Vabadussoja_Ajaloo_Komitee, lk 42
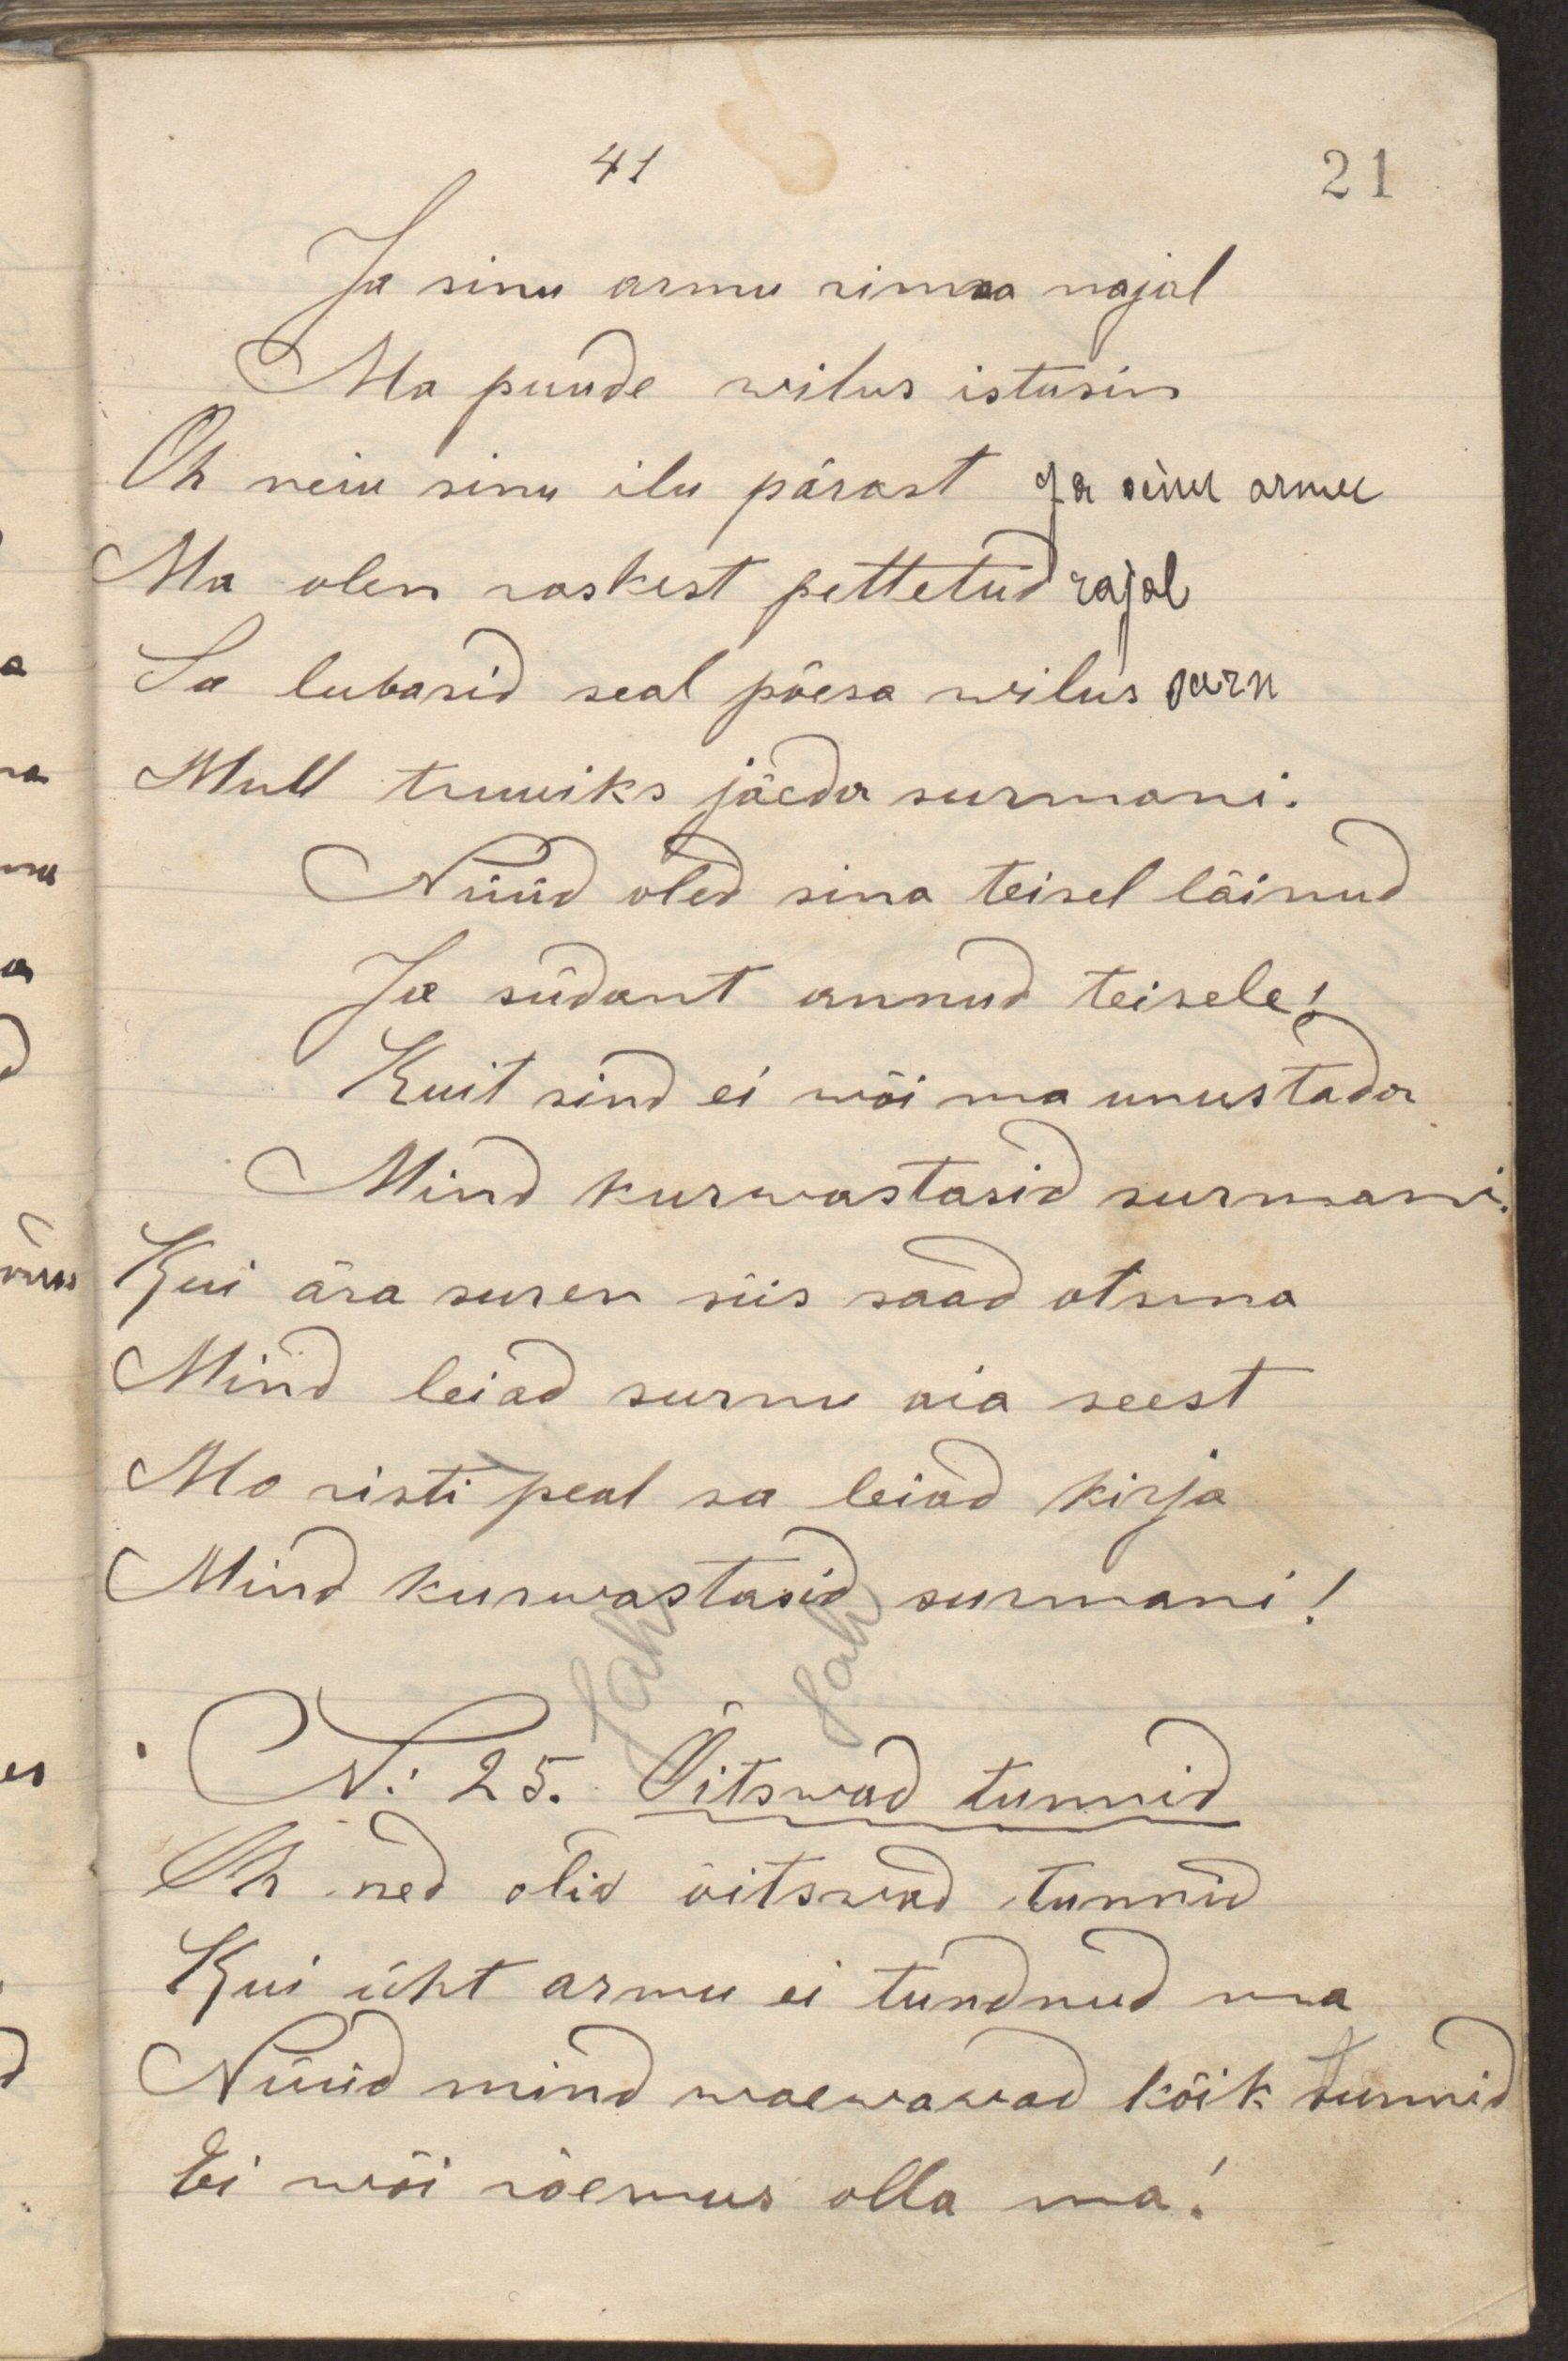
Ja sinu armu rinna najalMa puude wilus istusin Oh neiu sinu ilu pärast ja sinu armuMa olen raskest pettetud rajalSa lubasid seal põesa wilus puruMull truuiks jäeda surmani.Nüüd oled sina teisel läinudJa südant annud teisele!Kuit sind ei wõi ma unustadaMind kurwastasid surmani.Kui ära suren siis saad otsma Mind leiad surnu aia seestMu risti peal sa leiad kirjaMind kurwastasid surmani!N: 25. Õitswad tunnidOh ned olid õitswad tunnidKui üht armu ei tundnud maNüüd mind waewawad kõik tunnidEi wõi rõemus olla ma!